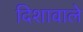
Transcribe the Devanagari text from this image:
दिशावाले